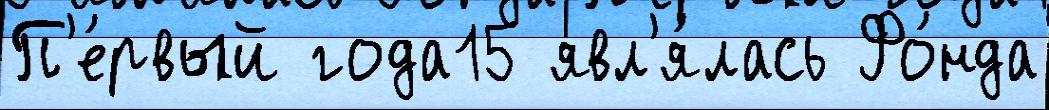
П'е́рвый года15 явл'я́лась Фо́нда